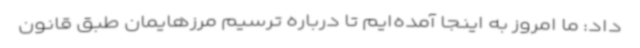
داد: ما امروز به اینجا آمده‌ایم تا درباره ترسیم مرزهایمان طبق قانون